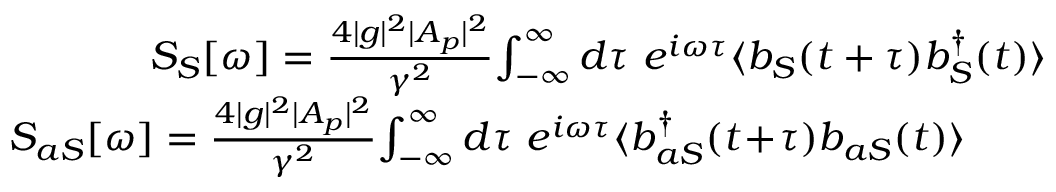
\begin{array} { r l r } & { } & { \! \! \! \! \! \! \! \! \! \! S _ { S } [ \omega ] = \frac { 4 | g | ^ { 2 } | A _ { p } | ^ { 2 } } { \gamma ^ { 2 } } \! \int _ { - \infty } ^ { \infty } d \tau \ e ^ { i \omega \tau } \langle b _ { S } ( t + \tau ) b _ { S } ^ { \dag } ( t ) \rangle } \\ & { } & { \! \! \! \! \! \! \! \! \! \! S _ { a S } [ \omega ] = \frac { 4 | g | ^ { 2 } | A _ { p } | ^ { 2 } } { \gamma ^ { 2 } } \! \int _ { - \infty } ^ { \infty } d \tau \ e ^ { i \omega \tau } \langle b _ { a S } ^ { \dag } ( t \! + \! \tau ) b _ { a S } ( t ) \rangle \quad \quad } \end{array}